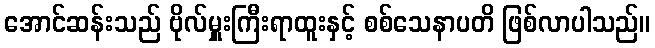
အောင်ဆန်းသည် ဗိုလ်မှူးကြီးရာထူးနှင့် စစ်သေနာပတိ ဖြစ်လာပါသည်။